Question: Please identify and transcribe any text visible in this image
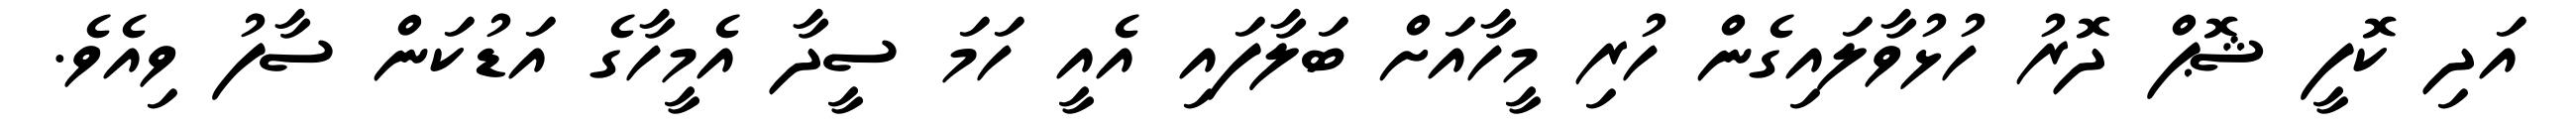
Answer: އަދި ކޮފީ ޝޮޕް ދޮރު ހުޅުވާލައިގެން ހުރި މީހާއަށް ބަލާފައި އެއީ ހަމަ ސީދާ އެމީހާގެ އަޑުކަން ސާފު ވިއެވެ.